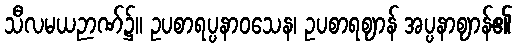
သီလမယဉာဏ်၌။ ဥပစာရပ္ပနာဝသေန၊ ဥပစာရဈာန် အပ္ပနာဈာန်၏